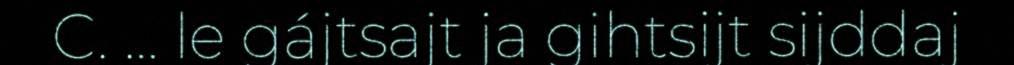
C. … le gájtsajt ja gihtsijt sijddaj